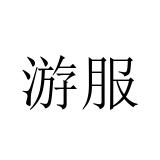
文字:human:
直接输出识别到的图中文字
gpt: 游服